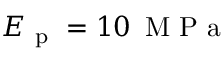
E _ { \mathrm { ~ p ~ } } = 1 0 \, \mathrm { ~ M ~ P ~ a ~ }